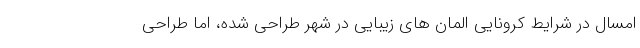
امسال در شرایط کرونایی اِلمان های زیبایی در شهر طراحی شده، اما طراحی